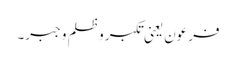
فرعون یعنی تکبر و ظلم و جبر۔